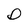
Character: D